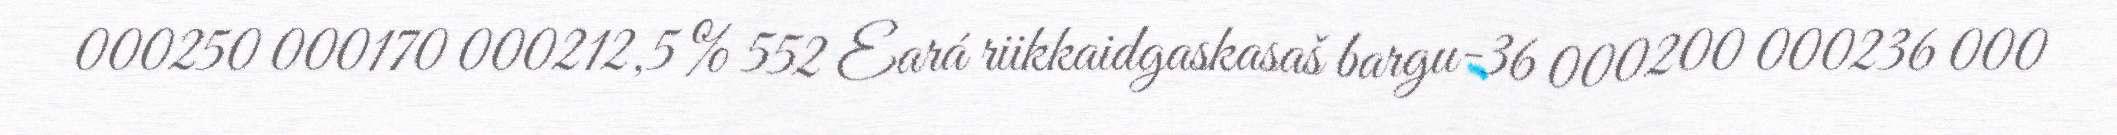
000250 000170 000212,5 % 552 Eará riikkaidgaskasaš bargu-36 000200 000236 000